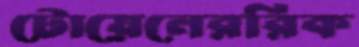
টোয়েনেররিক